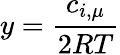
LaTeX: y=\frac{c_{i,\mu}}{2RT}